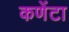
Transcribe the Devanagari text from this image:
कणेंटा